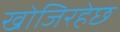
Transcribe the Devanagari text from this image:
खोजिरहेछ